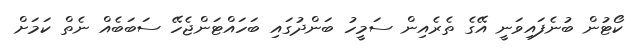
ކޯޓުން ބުނެފައިވަނީ އޭގެ ތެރެއިން ސަމީހު ބަންދުގައި ބަހައްޓަންޖެހޭ ސަބަބެއް ނެތް ކަމަށް